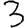
Digit: 3